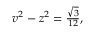
\begin{array} { r } { v ^ { 2 } - z ^ { 2 } = \frac { \sqrt { 3 } } { 1 2 } , } \end{array}